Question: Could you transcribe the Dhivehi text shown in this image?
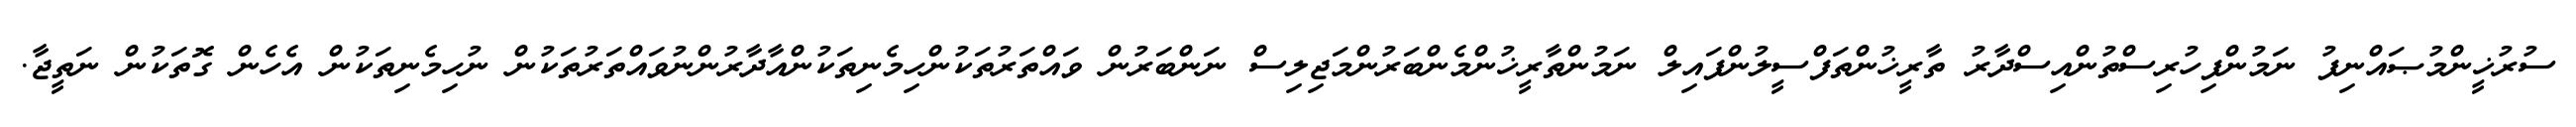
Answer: ސުރުޚީންމުޞައްނިފު ނަމުންފިހުރިސްތުންއިސްދާރު ތާރީޚުންތަފްސީލުންފައިލް ނަމުންތާރީޚުންމެންބަރުންމަޖިލިސް ނަންބަރުން ވައްތަރުތަކުންހިމެނިތަކުންއާދާރުންނުވައްތަރުތަކުން ނުހިމެނިތަކުން އެހެން ގޮތަކުން ނަތީޖާ.